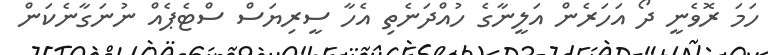
ހަމަ ރޮވެނީ ދޯ އަހަރެން އަލީނާގެ ހުއްދަނެތި އެހާ ސީރިޔަސް ސްޓެޕެއް ނުނަގާނެކަން